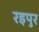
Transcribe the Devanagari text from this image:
रइपुर